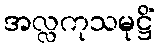
အလ္လကုသမုဋ္ဌိံ